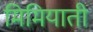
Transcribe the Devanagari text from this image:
मिमियाती